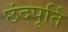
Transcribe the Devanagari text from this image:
छंदपूर्ति